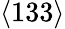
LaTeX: \langle 133\rangle